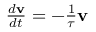
\begin{array} { r } { { \frac { d { \bf v } } { d t } } = - { \frac { 1 } { \tau } } { \bf v } } \end{array}